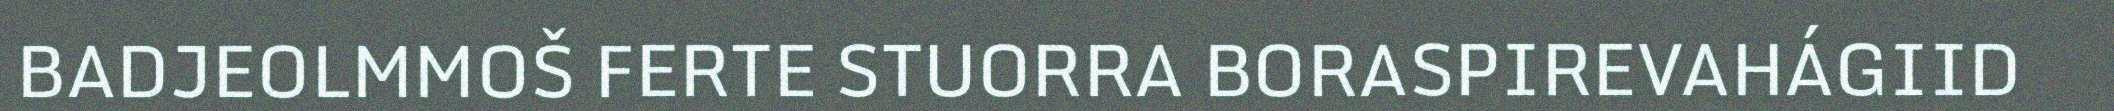
BADJEOLMMOŠ FERTE STUORRA BORASPIREVAHÁGIID